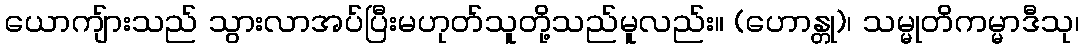
ယောကျ်ားသည် သွားလာအပ်ပြီးမဟုတ်သူတို့သည်မူလည်း။ (ဟောန္တု)၊ သမ္မုတိကမ္မာဒီသု၊